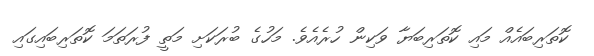
ކޮތަރިބައެއް މައި ކޮތަރިބަޔާ ވަކިން ހުރެއެެވެ. މަހުގެ ބުރަކަށި މަތީ ފުރަތަމަ ކޮތަރިބައިގައި